Leprosy in India: report of the Leprosy Commission in India, 1890-91
Year: 1890
Disease focus: Leprosy
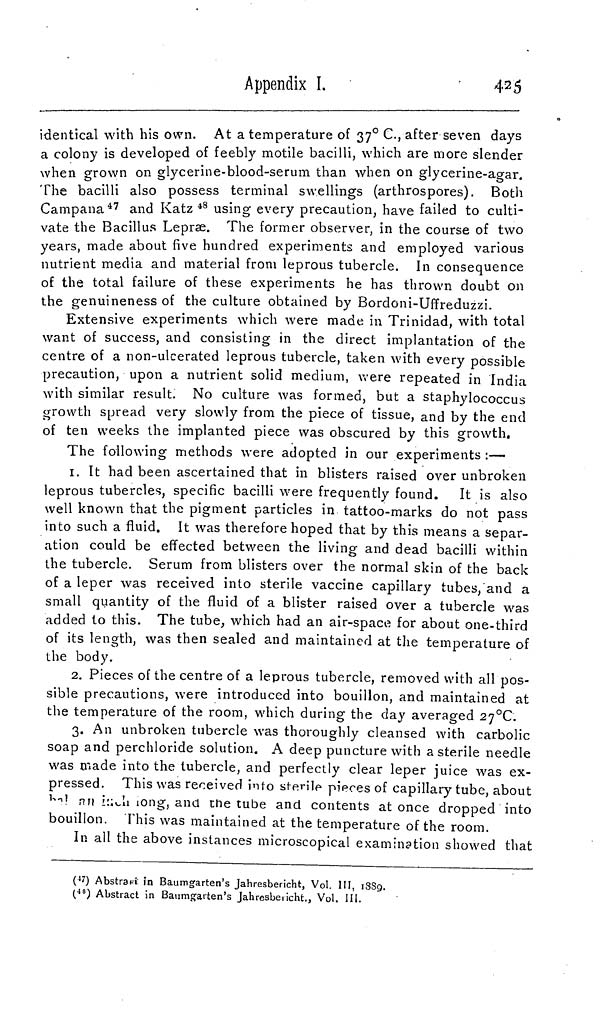
Appendix I.
425
identical with his own. At a temperature of 37 o C, after seven days
a colony is developed of feebly motile bacilli, which are more slender
when grown on glycerine-blood-serum than when on glycerine-agar.
The bacilli also possess terminal swellings (arthrospores). Both
Campana 47 and Katz 48 using every precaution, have failed to culti-
vate the Bacillus Lepræ. The former observer, in the course of two
years, made about five hundred experiments and employed various
nutrient media and material from leprous tubercle. In consequence
of the total failure of these experiments he has thrown doubt on
the genuineness of the culture obtained by Bordoni-Uffreduzzi.
Extensive experiments which were made in Trinidad, with total
want of success, and consisting in the direct implantation of the
centre of a non-ulcerated leprous tubercle, taken with every possible
precaution, upon a nutrient solid medium, were repeated in India
with similar result. No culture was formed, but a staphylococcus
growth spread very slowly from the piece of tissue, and by the end
of ten weeks the implanted piece was obscured by this growth.
The following methods were adopted in our experiments :—
1. It had been ascertained that in blisters raised over unbroken
leprous tubercles, specific bacilli were frequently found.
It is also
well known that the pigment particles in tattoo-marks do not pass
into such a fluid. It was therefore hoped that by this means a separ-
ation could be effected between the living and dead bacilli within
the tubercle. Serum from blisters over the normal skin of the back
of a leper was received into sterile vaccine capillary tubes, and a
small quantity of the fluid of a blister raised over a tubercle was
added to this. The tube, which had an air-space for about one-third
of its length, was then sealed and maintained at the temperature of
the body.
2. Pieces of the centre of a leprous tubercle, removed with all pos-
sible precautions, were introduced into bouillon, and maintained at
the temperature of the room, which during the clay averaged 27°C.
3. An unbroken tubercle was thoroughly cleansed with carbolic
soap and perchloride solution. A deep puncture with a sterile needle
was made into the tubercle, and perfectly clear leper juice was ex-
pressed. This was received into sterile pieces of capillary tube, about
\ill\
long, and the tube and contents at once dropped into
bouillon. This was maintained at the temperature of the room.
In all the above instances microscopical examination showed that
( 47 ) Abstract in Baumgarten' s Jahresbericht, Vol. III, 1889.
( 48 ) Abstract in Baumgarten's Jahresbericht., Vol. III.